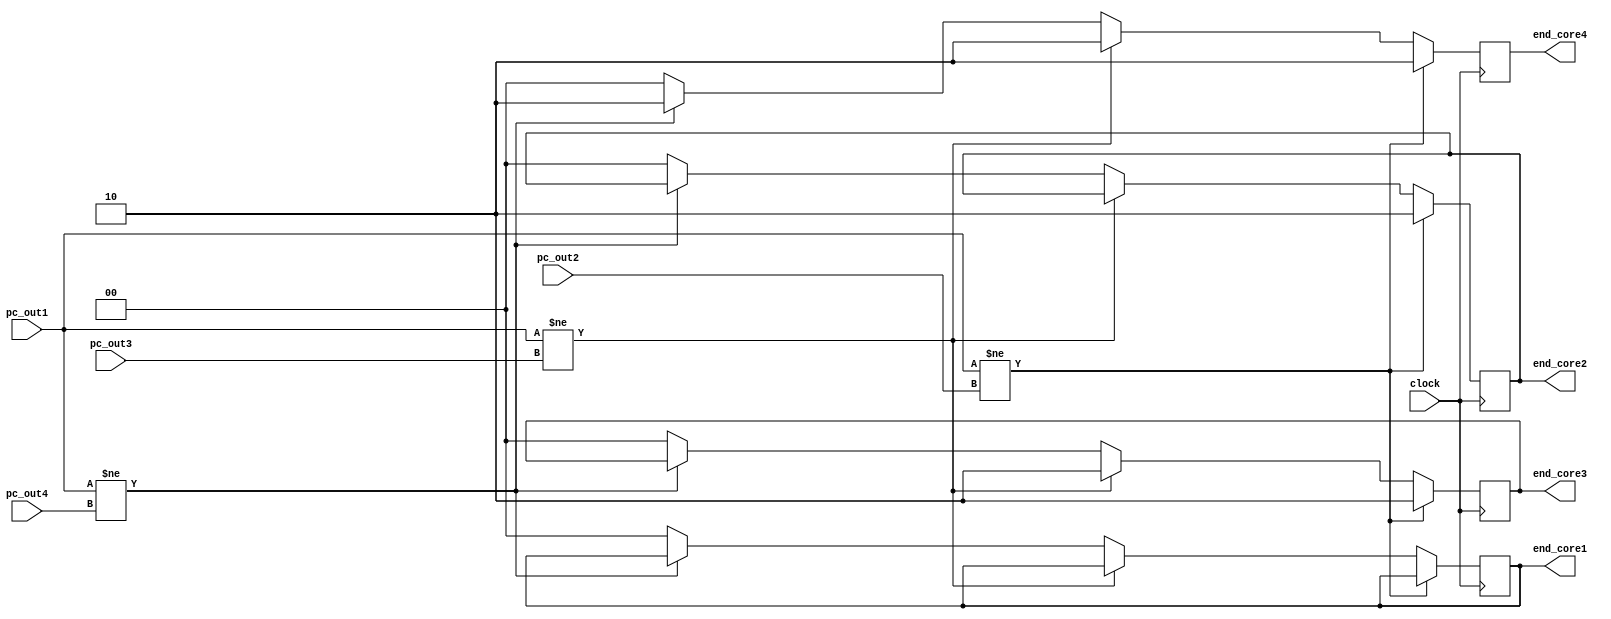
module end_core
(
	input clock,
	input[15:0] pc_out1,
	input[15:0] pc_out2,
	input[15:0] pc_out3,
	input[15:0] pc_out4,
	output reg[1:0] end_core1,
	output reg[1:0] end_core2,
	output reg[1:0] end_core3,
	output reg[1:0] end_core4
);

always @(posedge clock)
	begin
        if (pc_out1 != pc_out2)
            begin
                end_core2 <= 2'b10;
                end_core3 <= 2'b10;
                end_core4 <= 2'b10;
            end
        else if (pc_out1 != pc_out3)
            begin
                end_core3 <= 2'b10;
                end_core4 <= 2'b10;
            end
        else if (pc_out1 != pc_out4) end_core4 <= 2'b10;
        else
            begin
                end_core1 <= 2'b00;
                end_core2 <= 2'b00;
                end_core3 <= 2'b00;
                end_core4 <= 2'b00;
            end
	end

endmodule